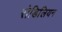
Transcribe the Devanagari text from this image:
रोडिलियन